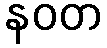
နဝတ